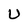
Character: U